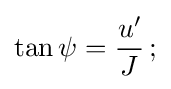
\tan \psi ={\frac {u'}{J}}\,;